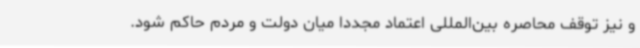
و نیز توقف محاصره بین‌المللی اعتماد مجددا میان دولت و مردم حاکم شود.